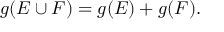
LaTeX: g ( E \cup F ) = g ( E ) + g ( F ) .